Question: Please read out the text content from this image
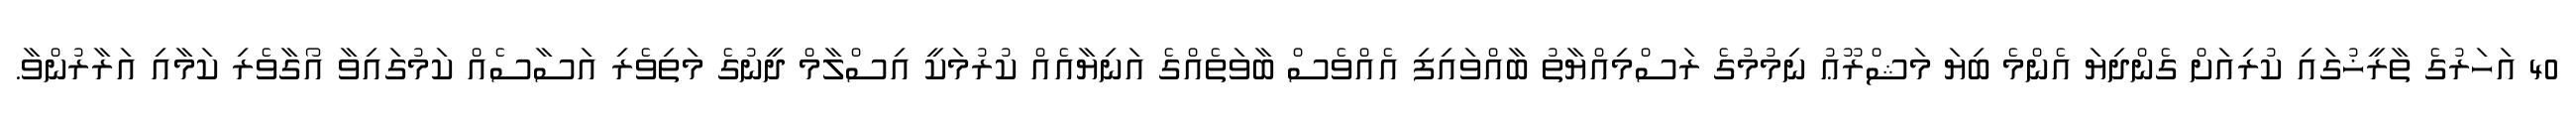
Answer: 40 އަހަރުގެ ތާރީޚުގައި ކުރިއަށް ގެންދިޔަ އެންމެ ބިޔަ މަޝްރޫޢު ނިމުމުގެ ރަސްމިއްޔާތު ބާއްވައިފި އެއްވެސް ބާވަތެއްގެ އަނިޔާއެއް ކުރުމަކީ އިސްލާމް ދީނުގެ މަތިވެރި އަސާސެއް ކަމުގައިވާ އޯގާވެރި ކަމާއި އަރާރުންވާ.